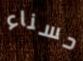
حسناء